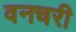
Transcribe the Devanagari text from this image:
वनचरी